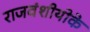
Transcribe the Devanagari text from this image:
राजवंशीयोके